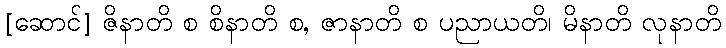
[ဆောင်] ဇိနာတိ စ စိနာတိ စ, ဇာနာတိ စ ပညာယတိ၊ မိနာတိ လုနာတိ